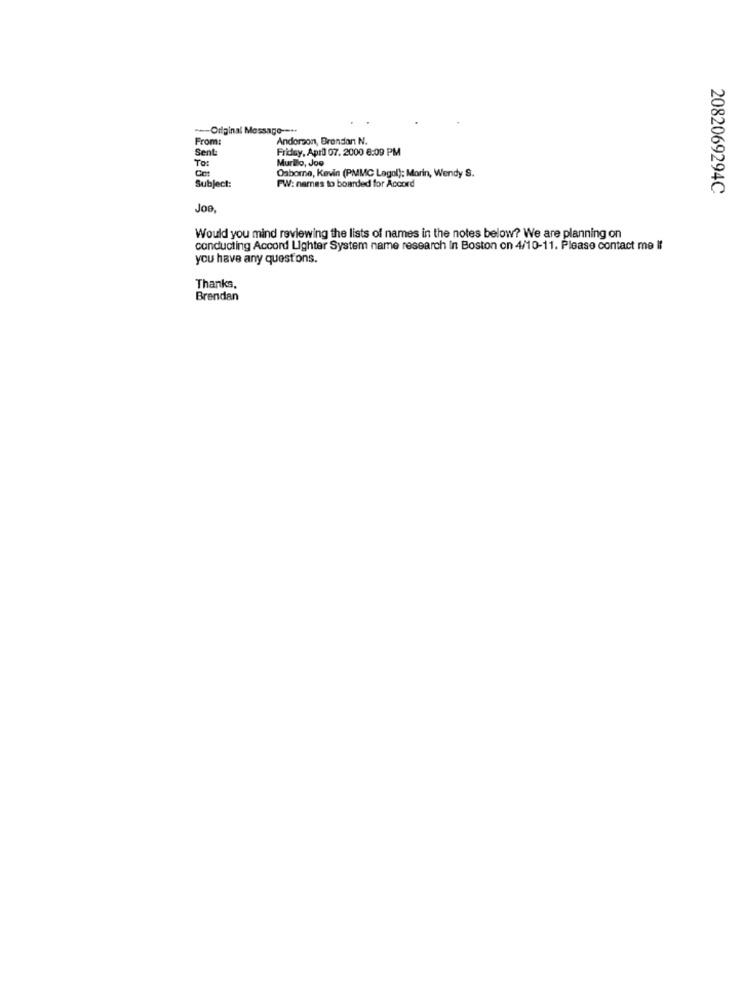
-- Original Mos
From:
Andorson, Brondan N.
Sent
Friday, April 07. 2000 6:09 PM
To:
Murilo, Joo
Subject:
Osborne, Kevin (PMMC Lagol): Morin, Wendy S.
FW: names to boarded for Accord
2082069294C
Joo
Would you mind reviewing the lists of names in the notes below? We are planning on
conducting Accord Lighter System name research In Boston on 4/10-11. Please contact me If
you have any questions.
Thanks,
Brendan